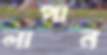
লাপান